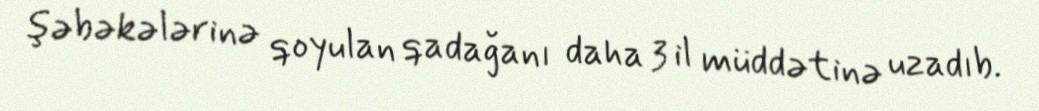
şəbəkələrinə qoyulan qadağanı daha 3 il müddətinə uzadıb.